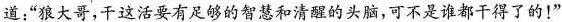
道：”狼大哥，干这活要有足够的智慧和清醒的头脑，可不是谁都干得了的！”